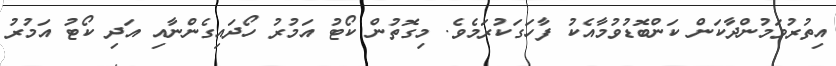
އިތުރުވަމުންދާކަން ކަންބޮޑުވުމާއެކު ފާހަގަކުރަމެވެ. މިގޮތުން ކޯޓު އަމުރު ހޯދައިގެންނާއި އަދި ކޯޓު އަމުރު